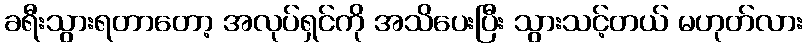
ခရီးသွားရတာတော့ အလုပ်ရှင်ကို အသိပေးပြီး သွားသင့်တယ် မဟုတ်လား